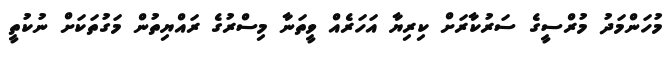
މުހަންމަދު މުރްސީގެ ސަރުކާރަށް ކިރިޔާ އަހަރެއް ވީތަނާ މިސްރުގެ ރައްޔިތުން މަގުތަކަށް ނުކުތީ